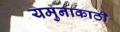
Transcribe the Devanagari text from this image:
यमुनाकाठी